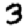
Digit: 3